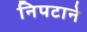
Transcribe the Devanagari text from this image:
निपटाने